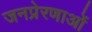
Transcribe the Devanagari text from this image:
जनप्रेरणाओं